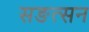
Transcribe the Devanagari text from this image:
सङत्सन